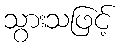
သွားသဖြင့်